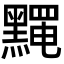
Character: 𪒎